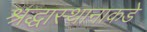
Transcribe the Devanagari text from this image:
श्रद्धास्थानाकडे